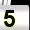
Digit: 5